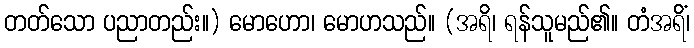
တတ်သော ပညာတည်း။) မောဟော၊ မောဟသည်။ (အရိ၊ ရန်သူမည်၏။ တံအရိံ၊